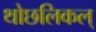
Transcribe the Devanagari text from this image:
थोछलिकल्